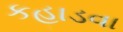
કહાડવા